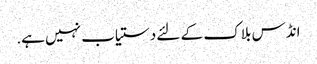
انڈس بلاک کے لئے دستیاب نہیں ہے.